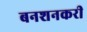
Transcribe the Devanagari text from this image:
बनशनकरी